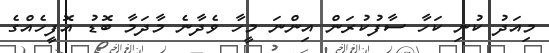
މިއަދު ކުނި ކަހާ ސާފުކުރަން އިންނަ މީހާ ވެދާނެ މާދަމާ ބޮޑު އޮފީހެއްގެ